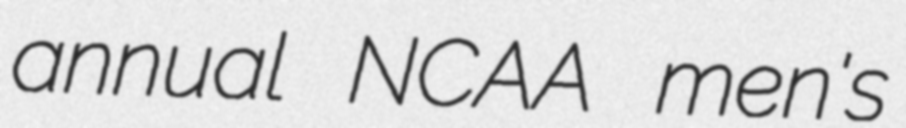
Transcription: annual NCAA men's